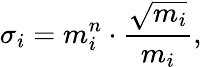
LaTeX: \sigma_{i}=m_{i}^{n}\cdot\frac{\sqrt{m_{i}}}{m_{i}},